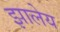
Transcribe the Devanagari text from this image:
झालेय